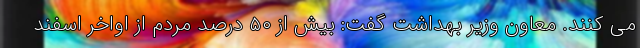
می کنند. معاون وزیر بهداشت گفت: بیش از ۵۰ درصد مردم از اواخر اسفند